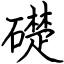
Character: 礎